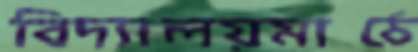
বিদ্যালয়মাঠে